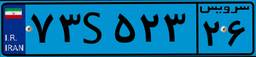
۷۳S۵۲۳۲۶